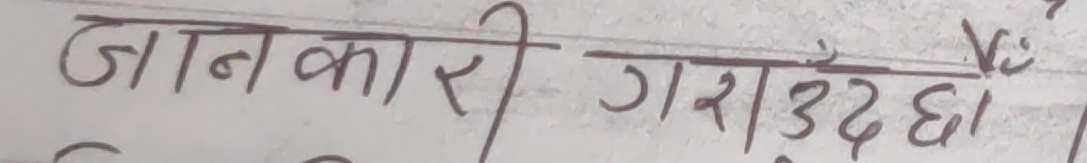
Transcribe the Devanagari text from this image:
जानकारी गराउदै है